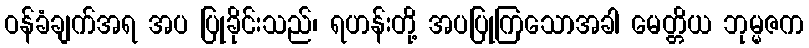
ဝန်ခံချက်အရ အပ ပြုခိုင်းသည်၊ ရဟန်းတို့ အပပြုကြသောအခါ မေတ္တိယ ဘုမ္မဇက